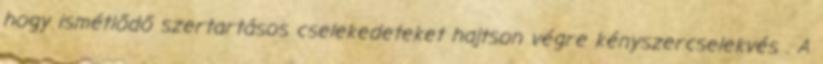
hogy ismétlődő szertartásos cselekedeteket hajtson végre kényszercselekvés . A